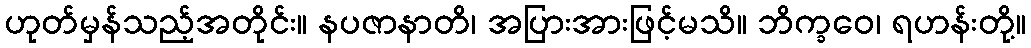
ဟုတ်မှန်သည့်အတိုင်း။ နပဇာနာတိ၊ အပြားအားဖြင့်မသိ။ ဘိက္ခဝေ၊ ရဟန်းတို့။